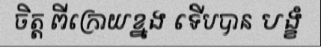
ចិត្ត ពីក្រោយខ្នង ទើបបាន បង្ខំ